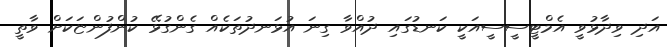
އަދި ވިދާޅުވީ އެމްޓީސީސީއަކީ ކަނޑުގައި ދުއްވާ ގިނަ އުޅަނދުތަކެއް ގެންގުޅޭ ކުންފުންޏަކަށް ވާތީ